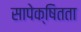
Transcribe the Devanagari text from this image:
सापेक्षितता